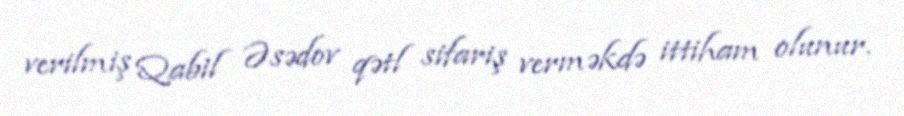
verilmiş Qabil Əsədov qətl sifariş verməkdə ittiham olunur.